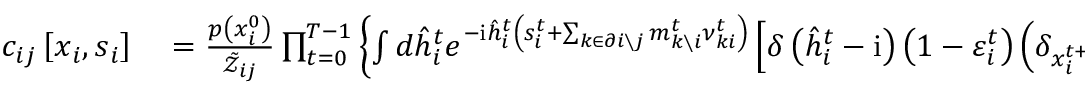
\begin{array} { r l } { c _ { i j } \left[ \boldsymbol { x } _ { i } , \boldsymbol { s } _ { i } \right] } & { { } = \frac { p \left( x _ { i } ^ { 0 } \right) } { \tilde { \mathcal { Z } } _ { i j } } \prod _ { t = 0 } ^ { T - 1 } \left\{ \int d \hat { h } _ { i } ^ { t } e ^ { - \mathrm { i } \hat { h } _ { i } ^ { t } \left( s _ { i } ^ { t } + \sum _ { k \in \partial i \setminus j } m _ { k \setminus i } ^ { t } \nu _ { k i } ^ { t } \right) } \left[ \delta \left( \hat { h } _ { i } ^ { t } - \mathrm { i } \right) \left( 1 - \varepsilon _ { i } ^ { t } \right) \left( \delta _ { x _ { i } ^ { t + 1 } , x _ { i } ^ { t } } - \delta _ { x _ { i } ^ { t + 1 } , 1 } \right) \right. \right. } \end{array}